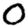
Digit: 0